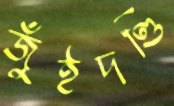
জুঁইদণ্ডি